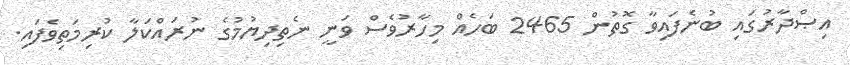
އިޞްދާރުގައި ބުނެފައިވާ ގޮތުން 2465 ބަހެއް މިހާރުވެސް ވަނީ ނެތިދިޔުމުގެ ނުރައްކަލާ ކުރިމަތިވެފައި.